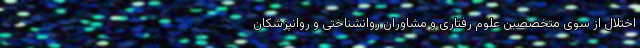
اختلال از سوی متخصصین علوم رفتاری و مشاوران روانشناختی و روانپزشکان